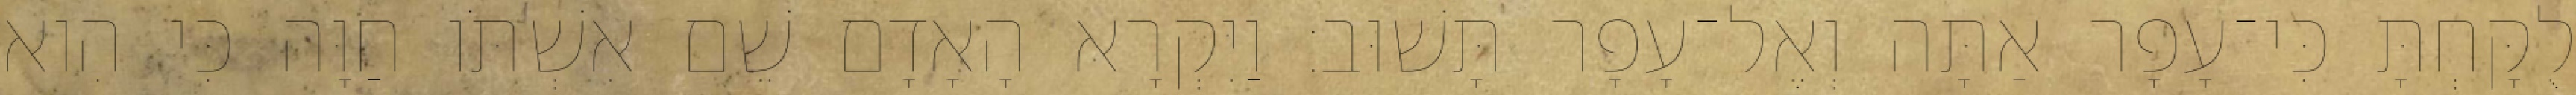
לֻקָּחְתָּ כִּי־עָפָר אַתָּה וְאֶל־עָפָר תָּשׁוּב׃ וַיִּקְרָא הָאָדָם שֵׁם אִשְׁתֹּו חַוָּה כִּי הִוא